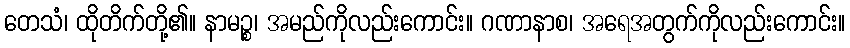
တေသံ၊ ထိုတိက်တို့၏။ နာမဉ္စ၊ အမည်ကိုလည်းကောင်း။ ဂဏာနာစ၊ အရေအတွက်ကိုလည်းကောင်း။